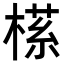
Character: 𬃶